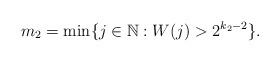
LaTeX: \begin{align*}m_2 = \min \{j\in \mathbb{N}: W(j) > 2^{k_2 - 2}\}.\end{align*}